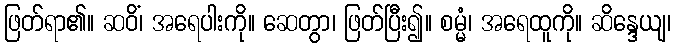
ဖြတ်ရာ၏။ ဆဝိံ၊ အရေပါးကို။ ဆေတွာ၊ ဖြတ်ပြီး၍။ စမ္မံ၊ အရေထူကို။ ဆိန္ဒေယျ၊